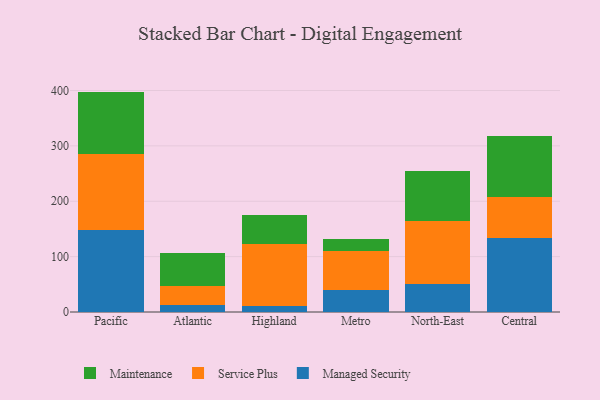
{"axis": {"x": "Region", "y": "Budget (USD K)"}, "legend": ["Maintenance", "Managed Security", "Service Plus"], "data": [{"x": "Pacific", "y": 147.3, "type": "Managed Security"}, {"x": "Pacific", "y": 137.4, "type": "Service Plus"}, {"x": "Pacific", "y": 113.3, "type": "Maintenance"}, {"x": "Atlantic", "y": 12.9, "type": "Managed Security"}, {"x": "Atlantic", "y": 34.4, "type": "Service Plus"}, {"x": "Atlantic", "y": 59.2, "type": "Maintenance"}, {"x": "Highland", "y": 11.7, "type": "Managed Security"}, {"x": "Highland", "y": 111.9, "type": "Service Plus"}, {"x": "Highland", "y": 52.4, "type": "Maintenance"}, {"x": "Metro", "y": 40.1, "type": "Managed Security"}, {"x": "Metro", "y": 70.5, "type": "Service Plus"}, {"x": "Metro", "y": 20.6, "type": "Maintenance"}, {"x": "North-East", "y": 50.4, "type": "Managed Security"}, {"x": "North-East", "y": 114.3, "type": "Service Plus"}, {"x": "North-East", "y": 89.3, "type": "Maintenance"}, {"x": "Central", "y": 133.4, "type": "Managed Security"}, {"x": "Central", "y": 73.9, "type": "Service Plus"}, {"x": "Central", "y": 110.5, "type": "Maintenance"}]}